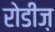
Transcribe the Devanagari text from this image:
रोडीज़